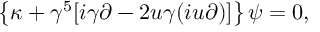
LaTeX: \left\{ \kappa + \gamma ^ { 5 } [ i \gamma \partial - 2 u \gamma ( i u \partial ) ] \right\} \psi = 0 ,